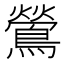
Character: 鶯